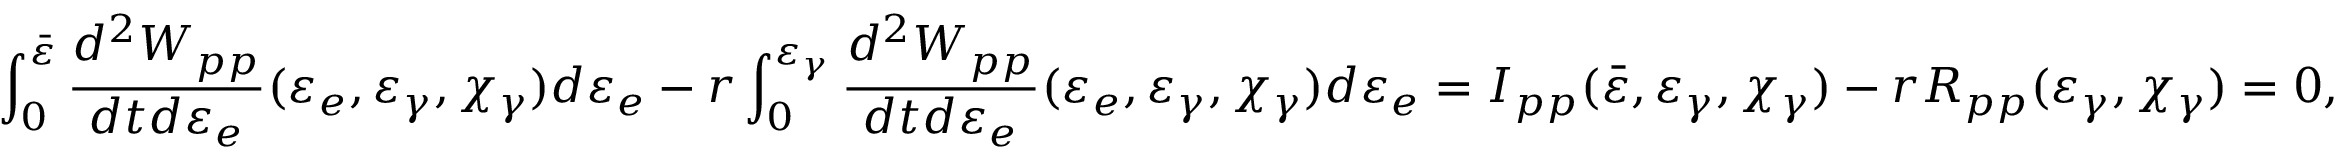
\int _ { 0 } ^ { \bar { \varepsilon } } \frac { d ^ { 2 } W _ { p p } } { d t d \varepsilon _ { e } } ( \varepsilon _ { e } , \varepsilon _ { \gamma } , \chi _ { \gamma } ) d \varepsilon _ { e } - r \int _ { 0 } ^ { \varepsilon _ { \gamma } } \frac { d ^ { 2 } W _ { p p } } { d t d \varepsilon _ { e } } ( \varepsilon _ { e } , \varepsilon _ { \gamma } , \chi _ { \gamma } ) d \varepsilon _ { e } = I _ { p p } ( \bar { \varepsilon } , \varepsilon _ { \gamma } , \chi _ { \gamma } ) - r R _ { p p } ( \varepsilon _ { \gamma } , \chi _ { \gamma } ) = 0 ,